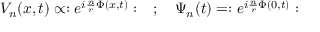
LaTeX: V _ { n } ( x , t ) \propto : e ^ { i \frac { n } { r } \Phi ( x , t ) } : \quad ; \quad \Psi _ { n } ( t ) = : e ^ { i \frac { n } { r } \Phi ( 0 , t ) } :